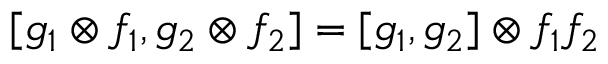
[ g _ { 1 } \otimes f _ { 1 } , g _ { 2 } \otimes f _ { 2 } ] = [ g _ { 1 } , g _ { 2 } ] \otimes f _ { 1 } f _ { 2 }